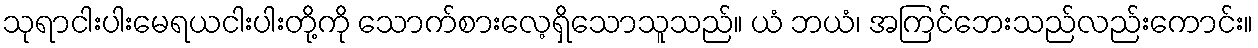
သုရာငါးပါးမေရယငါးပါးတို့ကို သောက်စားလေ့ရှိသောသူသည်။ ယံ ဘယံ၊ အကြင်ဘေးသည်လည်းကောင်း။